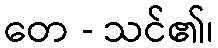
တေ - သင်၏၊